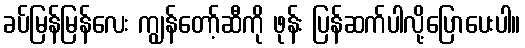
ခပ်မြန်မြန်လေး ကျွန်တော့်ဆီကို ဖုန်း ပြန်ဆက်ပါလို့ပြောပေးပါ။